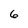
Character: 6